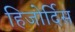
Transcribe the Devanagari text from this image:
हिजोर्दिस